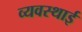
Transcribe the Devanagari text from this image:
व्यवस्थाई